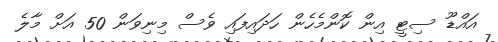
އައްޑޫ ސިޓީ އިން ކޮންމެހެން ހަދައިފައި ވެސް މިނިވަން 50 އަށް މާލެ